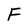
Character: F